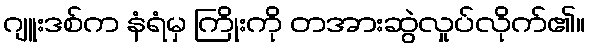
ဂျူးဒစ်က နံရံမှ ကြိုးကို တအားဆွဲလှုပ်လိုက်၏။